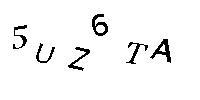
5UZ6TA